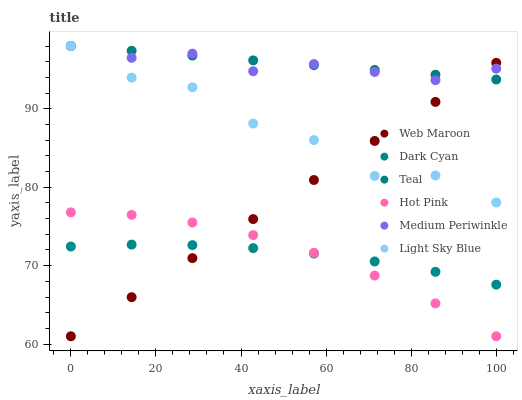
| xaxis_label | Web Maroon | Dark Cyan | Teal | Hot Pink | Medium Periwinkle | Light Sky Blue |
 | --- | --- | --- | --- | --- | --- | --- |
 | 0 | 61 | 72.4 | 98 | 76.8 | 98 | 98 |
 | 14.3 | 66 | 72.7 | 97.4 | 76.5 | 96.5 | 94 |
 | 28.6 | 71 | 72.6 | 96.8 | 75.5 | 97 | 92.7 |
 | 42.9 | 75.9 | 72.2 | 96.2 | 73.9 | 94.8 | 88.1 |
 | 57.1 | 80.9 | 71.5 | 95.6 | 71.6 | 95.7 | 86 |
 | 71.4 | 85.9 | 70.5 | 95 | 68.7 | 94.7 | 81.4 |
 | 85.7 | 90.9 | 69.2 | 94.3 | 65.2 | 93.6 | 81.5 |
 | 100 | 95.9 | 67.6 | 93.7 | 61 | 95.1 | 78.1 |